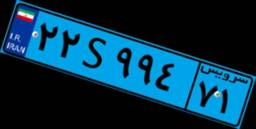
۰۸S۱۵۶۲۰